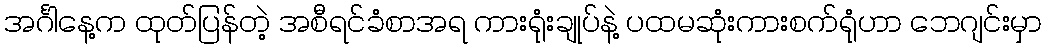
အင်္ဂါနေ့က ထုတ်ပြန်တဲ့ အစီရင်ခံစာအရ ကားရုံးချုပ်နဲ့ ပထမဆုံးကားစက်ရုံဟာ ဘေဂျင်းမှာ